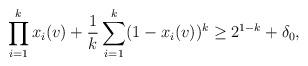
LaTeX: \begin{align*}\prod_{i=1}^k x_i(v)+\frac 1k \sum_{i=1}^k (1-x_i(v))^k \geq 2^{1-k}+\delta_0,\end{align*}